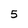
Character: 5